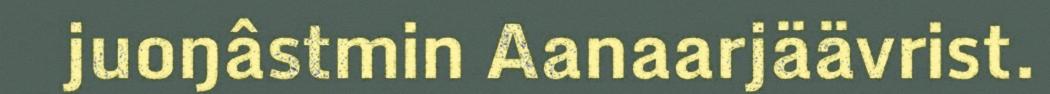
juoŋâstmin Aanaarjäävrist.